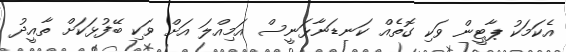
އެކަމަކު ޕާޓީން ވަކި ގޮތެއް ކަނޑަނާޅަނީސް އަމިއްލަ އަށް ވަކި ބޭފުޅަކަށް ތާއީދު